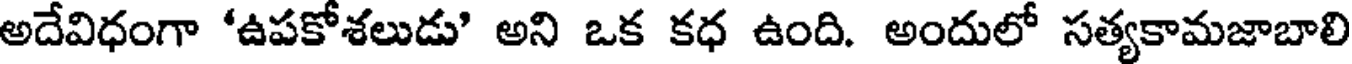
అదేవిధంగా 'ఉపకోశలుడు' అని ఒక కధ ఉంది. అందులో సత్యకామజాబాలి